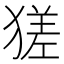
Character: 𤠝